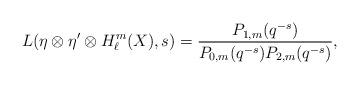
LaTeX: \begin{align*}L(\eta \otimes\eta'\otimes H_\ell^m(X),s)=\frac{P_{1,m}(q^{-s})}{P_{0,m}(q^{-s})P_{2,m}(q^{-s})},\end{align*}